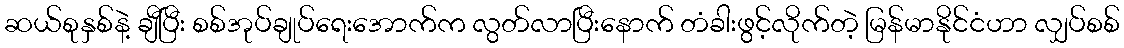
ဆယ်စုနှစ်နဲ့ ချီပြီး စစ်အုပ်ချုပ်ရေးအောက်က လွတ်လာပြီးနောက် တံခါးဖွင့်လိုက်တဲ့ မြန်မာနိုင်ငံဟာ လျှပ်စစ်